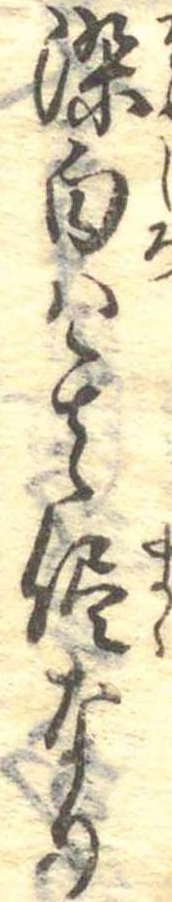
染白は其侭なり